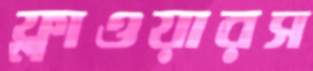
ফ্লাওয়ারস